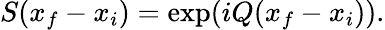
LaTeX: S(x_{f}-x_{i})=\exp(iQ(x_{f}-x_{i})).